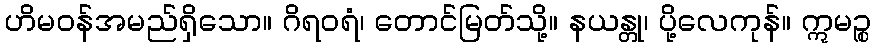
ဟိမဝန်အမည်ရှိသော။ ဂိရဝရံ၊ တောင်မြတ်သို့။ နယန္တု၊ ပို့လေကုန်။ ဣမဉ္စ